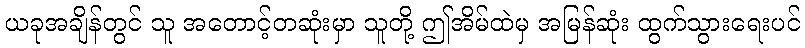
ယခုအချိန်တွင် သူ အတောင့်တဆုံးမှာ သူတို့ ဤအိမ်ထဲမှ အမြန်ဆုံး ထွက်သွားရေးပင်